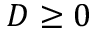
D \geq 0